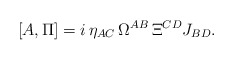
\begin{align*}[A,\Pi]=i\,\eta_{AC}\,\Omega^{AB}\,\Xi^{CD}J_{BD}.\end{align*}